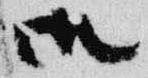
御